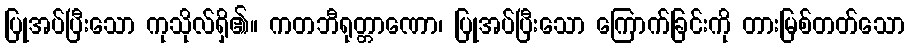
ပြုအပ်ပြီးသော ကုသိုလ်ရှိ၏။ ကတဘီရုတ္တာဏော၊ ပြုအပ်ပြီးသော ကြောက်ခြင်းကို တားမြစ်တတ်သော